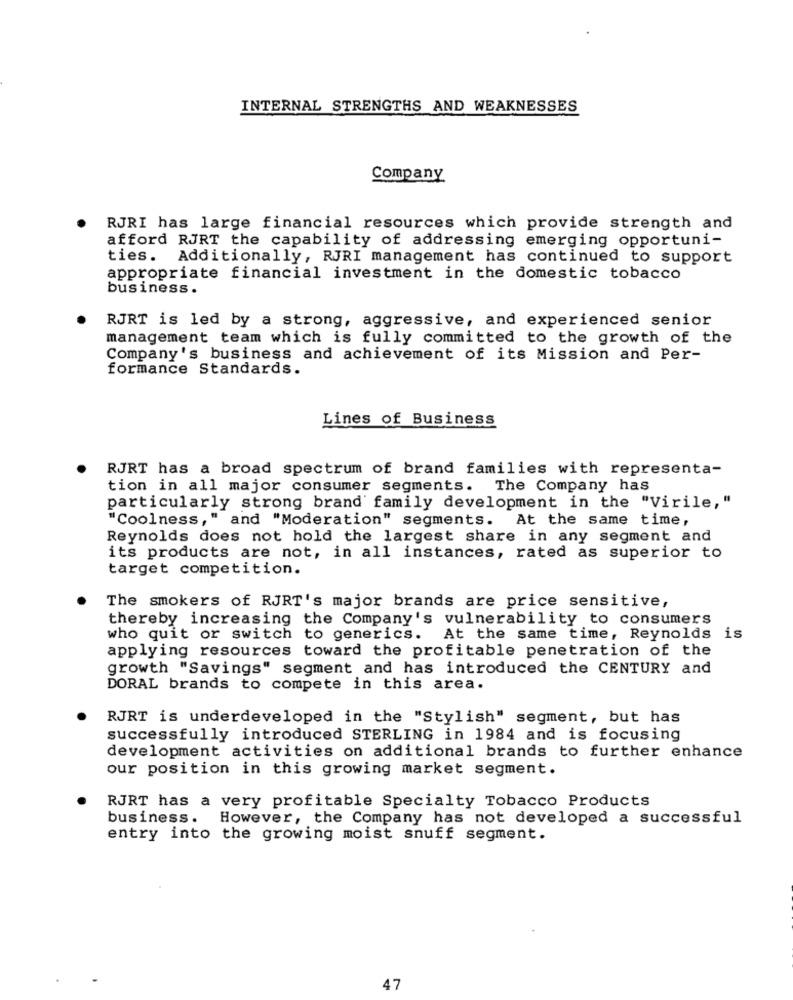
INTERNAL STRENGTHS AND WEAKNESSES
Company
RJRI has large financial resources which provide strength and
afford RJRT the capability of addressing emerging opportuni-
ties. Additionally, RJRI management has continued to support
appropriate financial investment in the domestic tobacco
business.
RJRT is led by a strong, aggressive, and experienced senior
management team which is fully committed to the growth of the
Company's business and achievement of its Mission and Per-
formance Standards.
Lines of Business
RJRT has a broad spectrum of brand families with representa-
tion in all major consumer segments. The Company has
particularly strong brand family development in the "Virile,"
"Coolness," and "Moderation" segments. At the same time,
Reynolds does not hold the largest share in any segment and
its products are not, in all instances, rated as superior to
target competition.
The smokers of RJRT's major brands are price sensitive,
thereby increasing the Company's vulnerability to consumers
who quit or switch to generics. At the same time, Reynolds is
applying resources toward the profitable penetration of the
growth "Savings" segment and has introduced the CENTURY and
DORAL brands to compete in this area.
RJRT is underdeveloped in the "Stylish" segment, but has
successfully introduced STERLING in 1984 and is focusing
development activities on additional brands to further enhance
our position in this growing market segment.
RJRT has a very profitable Specialty Tobacco Products
business. However, the Company has not developed a successful
entry into the growing moist snuff segment.
47